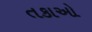
તકાઓ